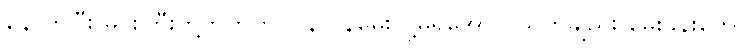
နောက်ပြီး မင်းကြီးတို့ဘက်က ပြန်လှန်မေးလို့မရအောင် သူကချည်း မေးခွန်းတွေ